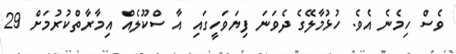
ވެސް ހިމެނެ އެވެ. ހުޅުމާލޭގެ ދެވަނަ ފިޔަވަހީގައި އާ ސްކޫލެއް އިމާރާތްކުރުމަށް 29